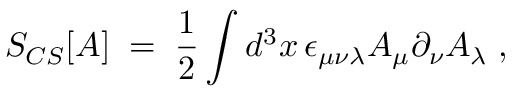
S _ { C S } [ A ] \; = \; \frac { 1 } { 2 } \int d ^ { 3 } x \, \epsilon _ { \mu \nu \lambda } A _ { \mu } \partial _ { \nu } A _ { \lambda } \; ,